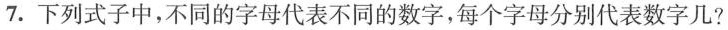
7.下列式子中，不同的字母代表不同的数字，每个字母分别代表数字几？